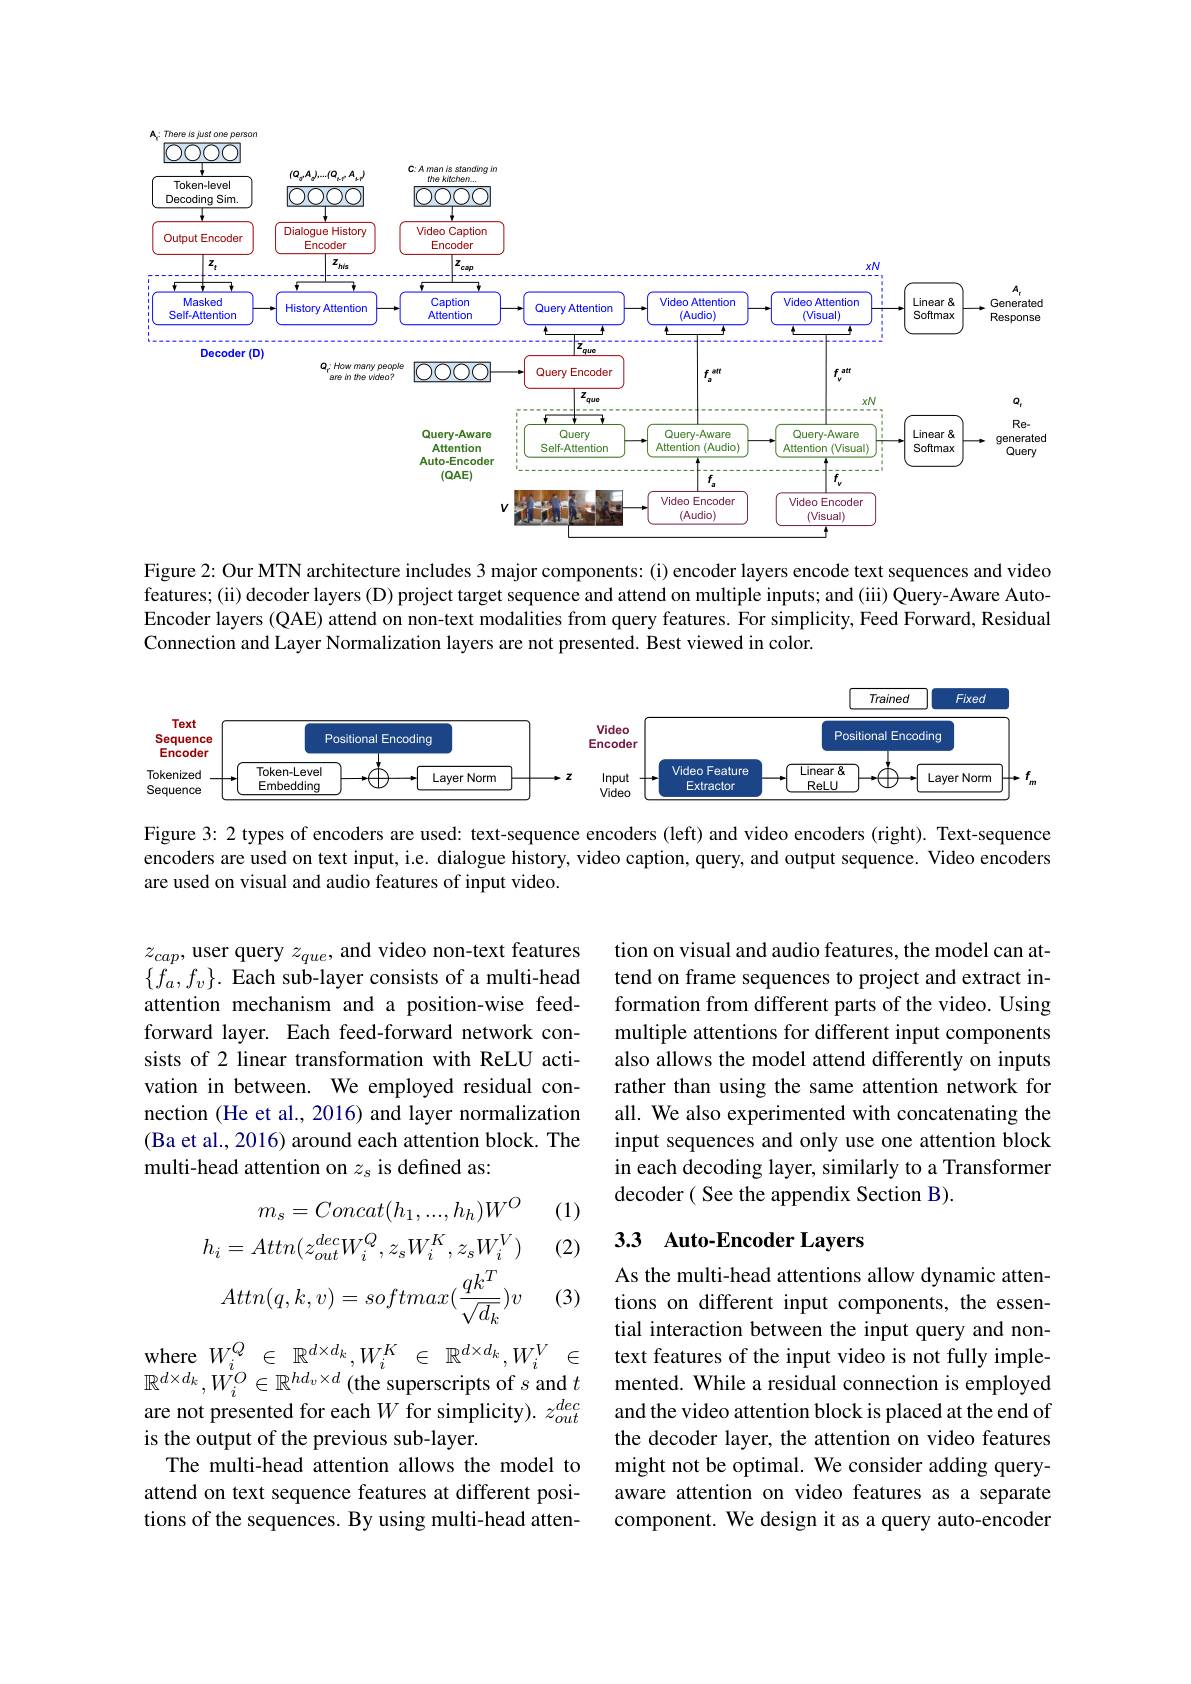
<FigureHere>

Figure 2: Our MTN architecture includes 3 major components: (i) encoder layers encode text sequences and video features; (ii) decoder layers (D) project target sequence and attend on multiple inputs; and (iii) Query-Aware AutoEncoder layers (QAE) attend on non-text modalities from query features. For simplicity, Feed Forward, Residual Connection and Layer Normalization layers are not presented. Best viewed in color.

<FigureHere>

Figure 3: 2 types of encoders are used: text-sequence encoders (left) and video encoders (right). Text-sequence encoders are used on text input, i.e. dialogue history, video caption, query, and output sequence. Video encoders are used on visual and audio features of input video.

$z_{cap}$, user query $z_que$, and video non-text features $\{f_{a},f_{v}\}.$ Each sub-layer consists of a multi-head attention mechanism and a position-wise feedforward layer. Each feed-forward network consists of 2 linear transformation with ReLU activation in between. We employed residual connection (He et al., 2016) and layer normalization (Ba et al., 2016) around each attention block. The multi-head attention on $z_\mathrm{s}$ is defined as:

tion on visual and audio features, the model can attend on frame sequences to project and extract information from different parts of the video. Using multiple attentions for different input components also allows the model attend differently on inputs rather than using the same attention network for all. We also experimented with concatenating the input sequences and only use one attention block in each decoding layer, similarly to a Transformer decoder ( See the appendix Section B).

(1)

## 3.3 Auto-Encoder Layers

(2)
$$m_{s}=Concat(h_{1},...,h_{h})W^{O}\\h_{i}=Attn(z_{out}^{dec}W_{i}^{Q},z_{s}W_{i}^{K},z_{s}W_{i}^{V})\\Attn(q,k,v)=softmax(\frac{qk^{T}}{\sqrt{d_{k}}})v$$
(3)

As the multi-head attentions allow dynamic attentions on different input components, the essential interaction between the input query and nontext features of the input video is not fully implemented. While a residual connection is employed and the video attention block is placed at the end of the decoder layer, the attention on video features might not be optimal. We consider adding queryaware attention on video features as a separate component. We design it as a query auto-encoder

where$W_i^Q$ $\in$ $\mathbb{R} ^{d\times d_k}, W_i^K$ $\in$ $\mathbb{R} ^{d\times d_k}, W_i^V$ $\in$ $\mathbb{R}^{d\times d_{k}},W_{i}^{\stackrel{\iota}{O}}\in\mathbb{R}^{hd_{v}\times d}$(the superscripts of $s$ and $t$ are not presented for each $W$ for simplicity). $z_out^{dec}$ is the output of the previous sub-layer.
The multi-head attention allows the model to attend on text sequence features at different positions of the sequences. By using multi-head atten-